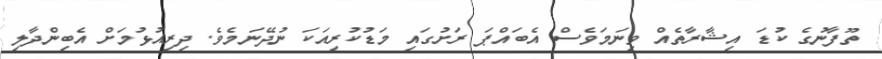
ތޫފާނުގެ ކުޑަ އިޝާރާތެއް ވިނަމަވެސް އެބައްޕަ ރަށުގައި މަޑުކުރިއަކަ ނުދޭނަމެވެ. ދިރިއުޅުމަށް އެބިންދާލި